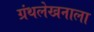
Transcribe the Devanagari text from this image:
ग्रंथलेखनाला